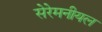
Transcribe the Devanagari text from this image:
सेरेमनीयल